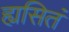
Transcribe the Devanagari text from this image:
ह्यसितं